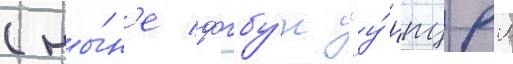
(ны́н'е фгбу́н "у́нпц рм